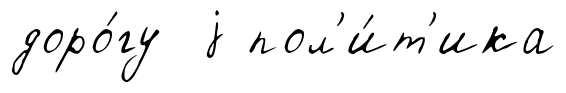
доро́гу j пол'и́т'ика